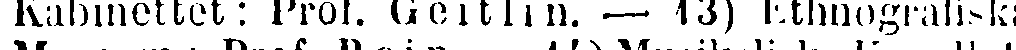
Kabinettet: Prof. Geitli n. — 13) Ethnografiska